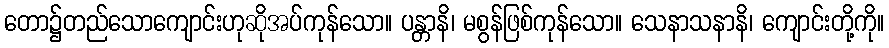
တော၌တည်သောကျောင်းဟုဆိုအပ်ကုန်သော။ ပန္တာနိ၊ မစွန်ဖြစ်ကုန်သော။ သေနာသနာနိ၊ ကျောင်းတို့ကို။